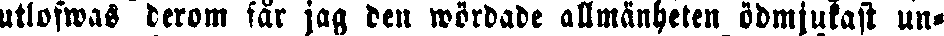
utlofwas derom får jag den wördade allmänheten ödmjukast un-